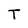
Character: T